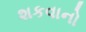
શકવાનો